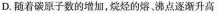
D.随着碳原子数的增加，烷烃的熔，沸点逐渐升高